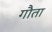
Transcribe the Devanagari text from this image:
गौता